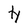
Character: H